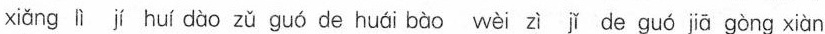
xiǖng īⅱhul còc zǔ guǘ de huái bǜn wòi zlǐda guó jū gùng xn